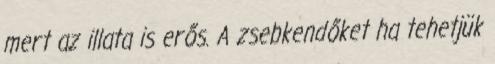
mert az illata is erős. A zsebkendőket ha tehetjük